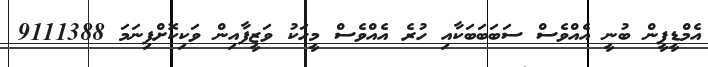
އެމްޑީޕީން ބުނީ އެއްވެސް ސަބަބަބަކާއި ހުރެ އެއްވެސް މީހަކު ވަޒީފާއިން ވަކިކޮށްފިނަމަ 9111388